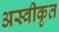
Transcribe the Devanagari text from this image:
अस्‍वीकृत